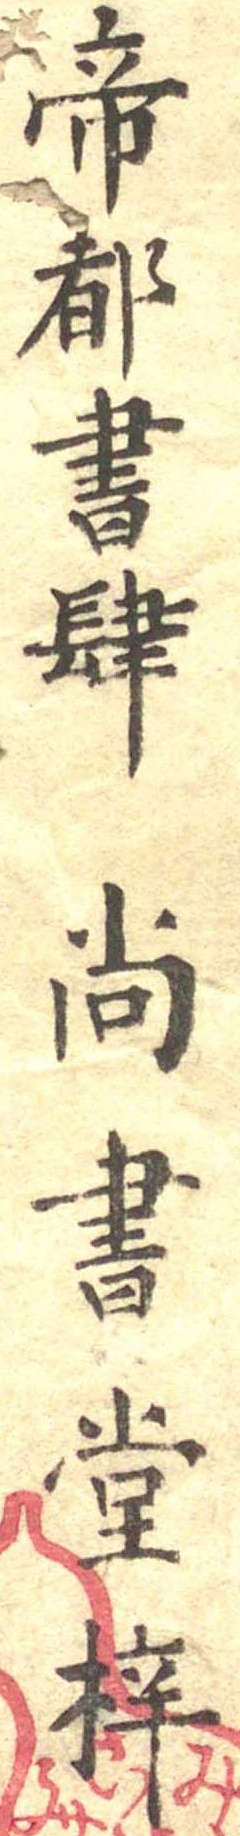
帝都書肆尚書堂梓